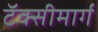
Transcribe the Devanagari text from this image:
टॅक्सीमार्ग